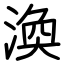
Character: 渙